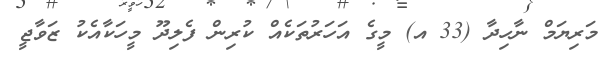
މަރިޔަމް ނާހިދާ (33 އ) މީގެ އަހަރުތަކެއް ކުރިން ފެލިދޫ މީހަކާއެކު ޒަވާޖީ